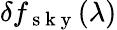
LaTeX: \delta f_{\mathrm{~s~k~y~}}(\lambda)